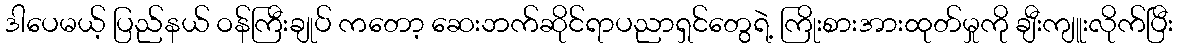
ဒါပေမယ့် ပြည်နယ် ဝန်ကြီးချုပ် ကတော့ ဆေးဘက်ဆိုင်ရာပညာရှင်တွေရဲ့ ကြိုးစားအားထုတ်မှုကို ချီးကျူးလိုက်ပြီး